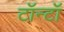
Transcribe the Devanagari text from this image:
टॉन्टॉ